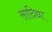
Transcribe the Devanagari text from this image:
सादिद्या